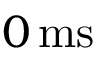
0 \, \mathrm { m s }